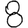
Digit: 8